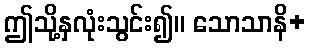
ဤသို့နှလုံးသွင်း၍။ သောသာနိ+